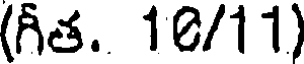
(గీత. 16/11)